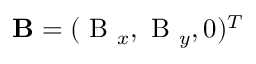
\mathbf B = ( \mathrm { ~ B ~ } _ { x } , \mathrm { ~ B ~ } _ { y } , 0 ) ^ { T }